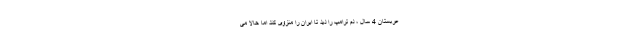
عربستان 4 سال ، دم ترامپ را دید تا ایران را منزوی کند اما حالا می